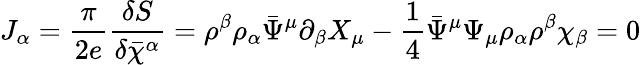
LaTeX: J_{\alpha}=\frac{\pi}{2e}\frac{\delta S}{\delta\bar{\chi}^{\alpha}}=\rho^{\beta}\rho_{\alpha}\bar{\Psi}^{\mu}\partial_{\beta}X_{\mu}-\frac{1}{4}\bar{\Psi}^{\mu}\Psi_{\mu}\rho_{\alpha}\rho^{\beta}\chi_{\beta}=0